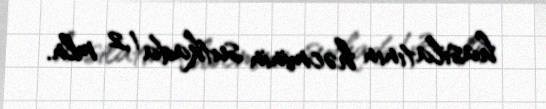
hasilatının həcminin sutkada 1,2 mln.